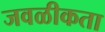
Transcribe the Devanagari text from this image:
जवळीकता